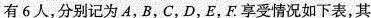
有6人，分别记为A，B，C，D，E，F享受情况如下表，其